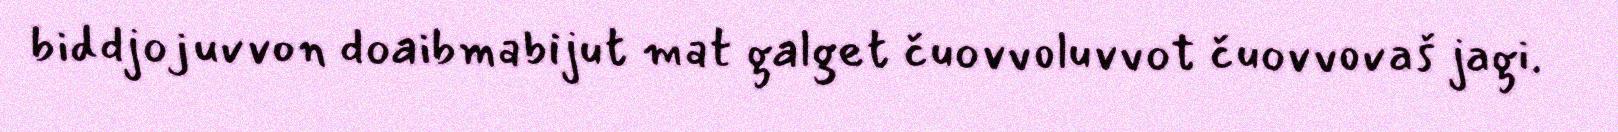
biddjojuvvon doaibmabijut mat galget čuovvoluvvot čuovvovaš jagi.